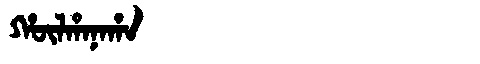
Manchu: ᡥᡡᠯᡥᠠᠨᠠᡥᠠ
Romanization: HŪLHANAHA